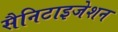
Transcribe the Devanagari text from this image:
सैनिटाइजेशन